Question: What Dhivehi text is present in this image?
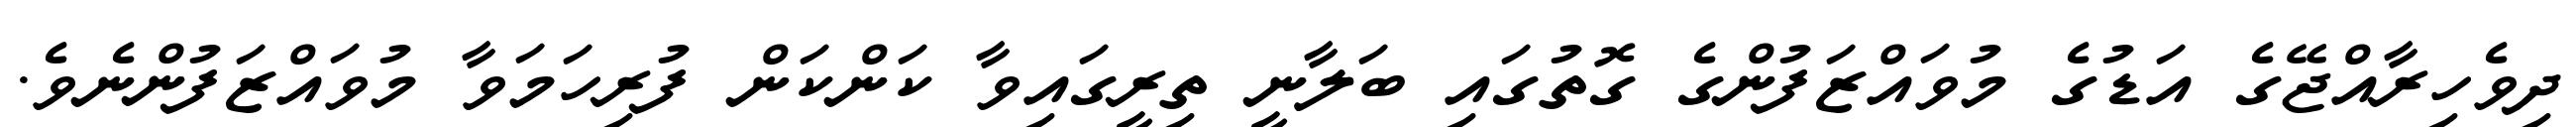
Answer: ދިވެހިރާއްޖޭގެ އަޑުގެ މުވައްޒަފުންގެ ގޮތުގައި ބަލާނީ ތިރީގައިވާ ކަންކަން ފުރިހަމަވާ މުވައްޒަފުންނެވެ.